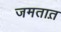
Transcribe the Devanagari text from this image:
जमतात़